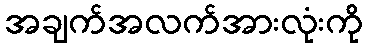
အချက်အလက်အားလုံးကို